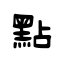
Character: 點